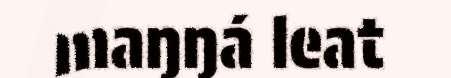
maŋŋá leat